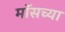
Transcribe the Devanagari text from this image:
मॉसच्या